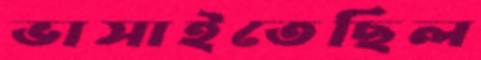
ভাসাইতেছিল